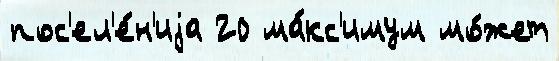
пос'ел'е́н'иjа 20 ма́кс'имум мо́жет